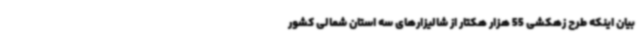
بیان اینکه طرح زهکشی 55 هزار هکتار از شالیزارهای سه استان شمالی کشور